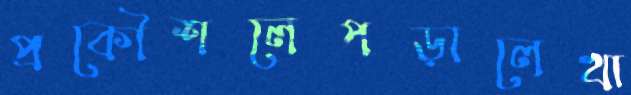
প্রকৌশলেপড়ালেখা